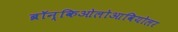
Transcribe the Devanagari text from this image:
ब्रॉन्किओलोआवियोलर